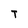
Character: T